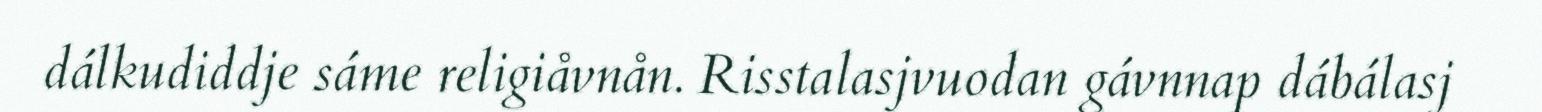
dálkudiddje sáme religiåvnån. Risstalasjvuodan gávnnap dábálasj